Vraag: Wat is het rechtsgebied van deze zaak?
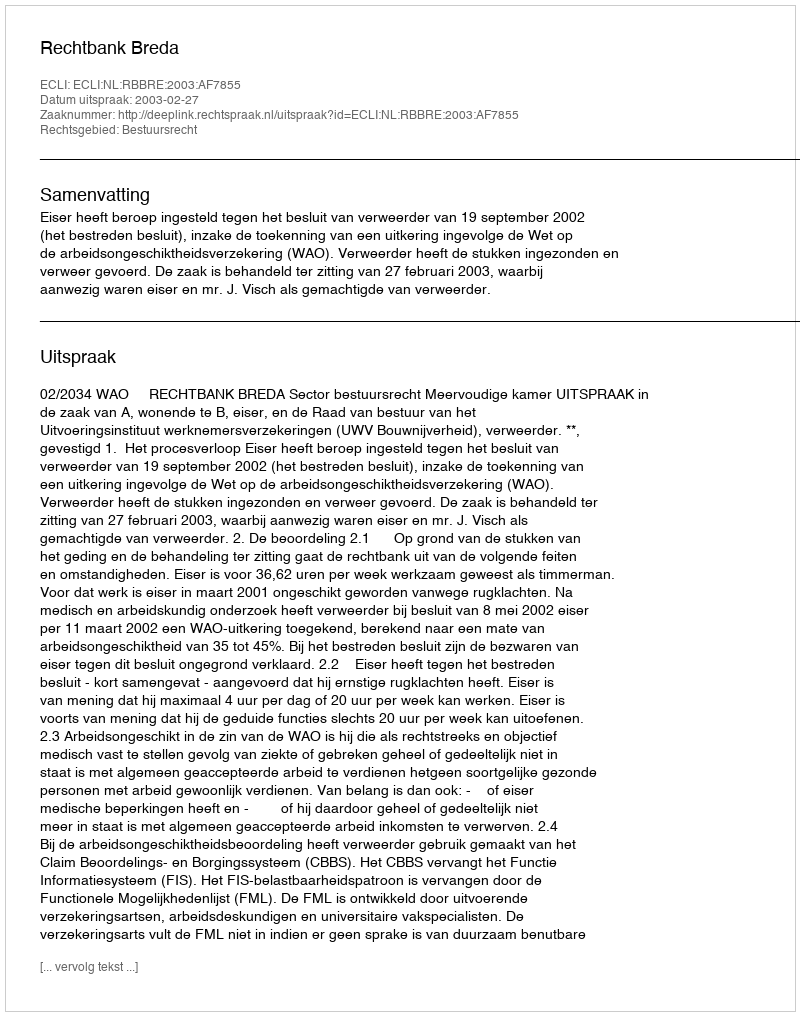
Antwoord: Bestuursrecht